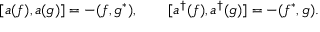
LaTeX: [ a ( f ) , a ( g ) ] = - ( f , g ^ { * } ) , \qquad [ a ^ { \dagger } ( f ) , a ^ { \dagger } ( g ) ] = - ( f ^ { * } , g ) .